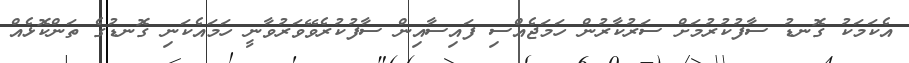
އެކަމަކު ގޮނޑު ސާފުކުރުމަށް ސަރުކާރުން ހަމަޖެއްސި ފައިސާއިން ސާފުކުރެވޭވަރުވާނީ ހަމައެކަނި ގޮނޑުގެ ތަންކޮޅެއް